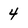
Character: 4